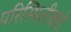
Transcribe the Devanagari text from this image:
परिस्थितीकडे